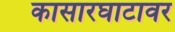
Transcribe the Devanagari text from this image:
कासारघाटावर